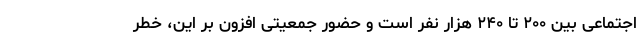
اجتماعی بین ۲۰۰ تا ۲۴۰ هزار نفر است و حضور جمعیتی افزون بر این، خطر